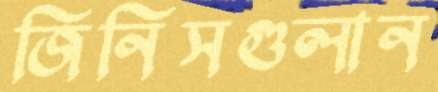
জিনিসগুলান